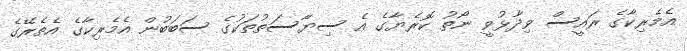
އެމެރިކާގެ ރައީސް ވިދާޅުވީ ނޯތު ކޮރެޔާގެ އެ ސިޔާސަތުތަކުގެ ސަބަބުން އެމެރިކާގެ އެތެރޭގެ